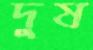
দুষ